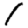
Digit: 1